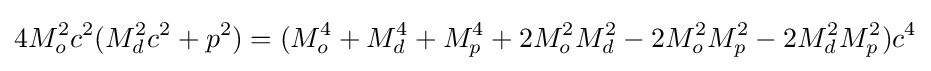
4M_{o}^{2}c^{2}(M_{d}^{2}c^{2}+p^{2})=(M_{o}^{4}+M_{d}^{4}+M_{p}^{4}+2M_{o}^{2}M_{d}^{2}-2M_{o}^{2}M_{p}^{2}-2M_{d}^{2}M_{p}^{2})c^{4}